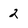
Character: 2